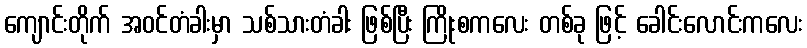
ကျောင်းတိုက် အဝင်တံခါးမှာ သစ်သားတံခါး ဖြစ်ပြီး ကြိုးစကလေး တစ်ခု ဖြင့် ခေါင်းလောင်းကလေး